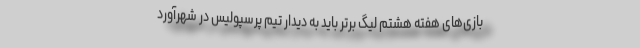
بازی‌های هفته هشتم لیگ برتر باید به دیدار تیم پرسپولیس در شهرآورد